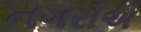
નગરોએ